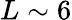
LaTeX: L\sim 6